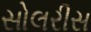
સોલરીસ